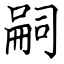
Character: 嗣